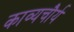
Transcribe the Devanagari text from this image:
काव्यचौर्य